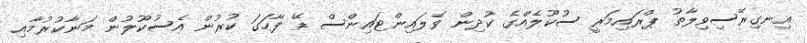
އިނގިރޭސިވިލާތު ޕްރައިމަރީ ސުކޫލެއްގެ ކުދިން ވެލައިންޓައިންސް ޑޭ ފާހަގަ ކުރުން އެސުކޫލުން މަނާކުރުމާއި